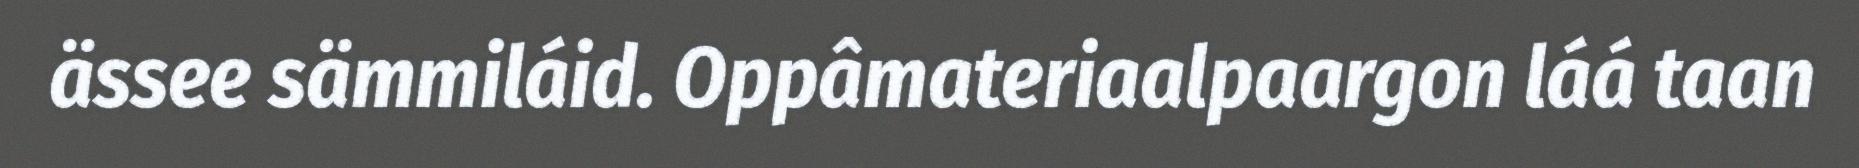
ässee sämmiláid. Oppâmateriaalpaargon láá taan